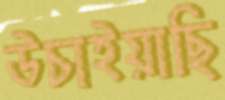
উচাইয়াছি